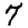
Digit: 7